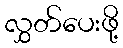
လွှတ်ပေးဖို့